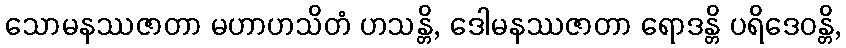
သောမနဿဇာတာ မဟာဟသိတံ ဟသန္တိ, ဒေါမနဿဇာတာ ရောဒန္တိ ပရိဒေဝန္တိ,